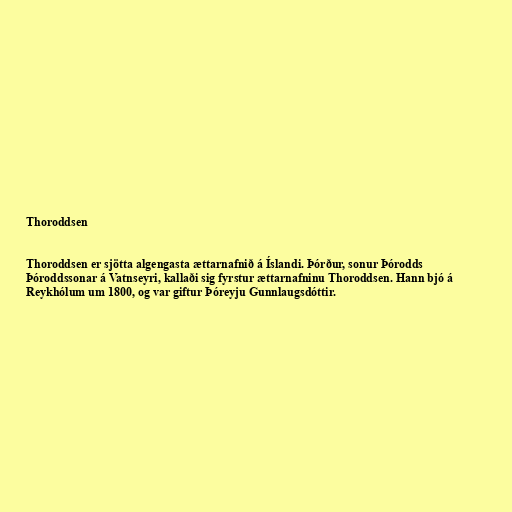
Thoroddsen

Thoroddsen er sjötta algengasta ættarnafnið á Íslandi. Þórður, sonur Þórodds
Þóroddssonar á Vatnseyri, kallaði sig fyrstur ættarnafninu Thoroddsen. Hann bjó á
Reykhólum um 1800, og var giftur Þóreyju Gunnlaugsdóttir.